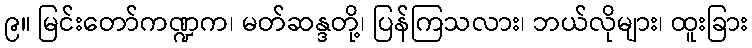
၉။ မြင်းတော်ကဏ္ဍက၊ မတ်ဆန္ဒတို့၊ ပြန်ကြသလား၊ ဘယ်လိုများ၊ ထူးခြား